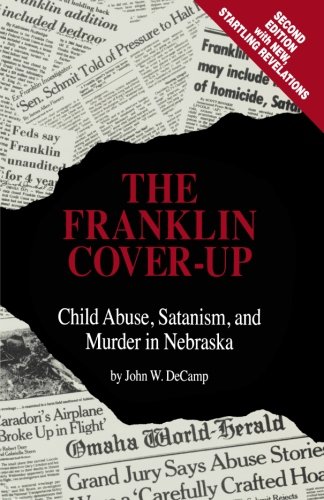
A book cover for The Franklin Cover-up: Child Abuse, Satanism, and Murder in Nebraska; John W. DeCamp; Parenting & Relationships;